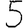
Digit: 5